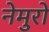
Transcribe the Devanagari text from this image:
नेमुरो